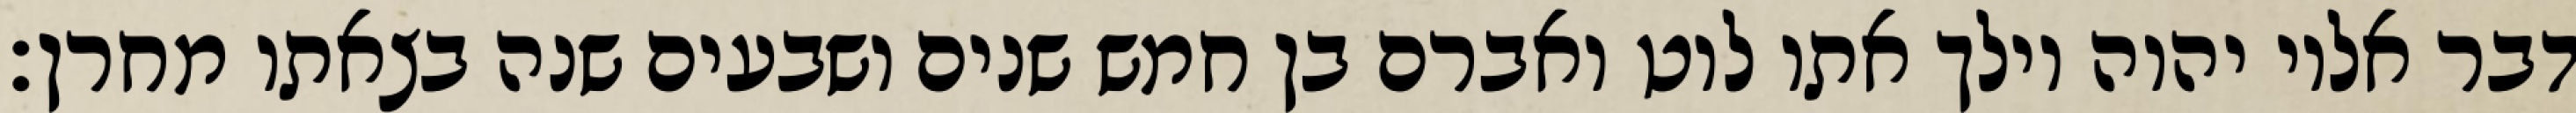
דבר אליו יהוה וילך אתו לוט ואברם בן חמש שנים ושבעים שנה בצאתו מחרן׃